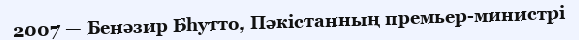
2007 — Бенәзир Бһутто, Пәкістанның премьер-министрі